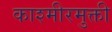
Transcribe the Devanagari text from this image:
काश्मीरमुक्ती